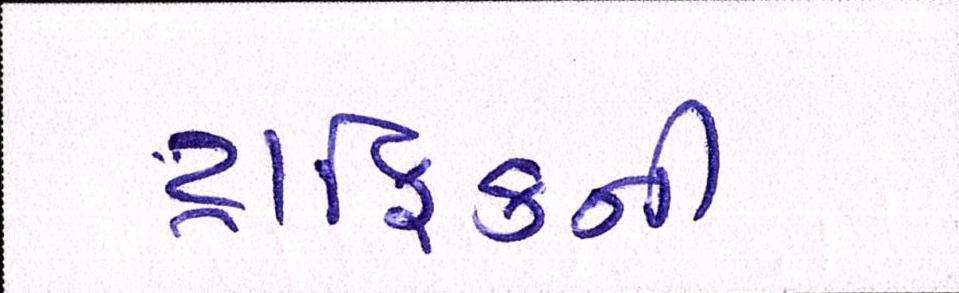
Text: ટ્રાફિકની